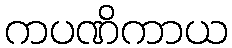
ကပဏိကာယ